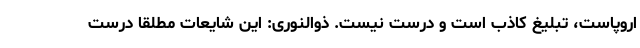
اروپاست، تبلیغ کاذب است و درست نیست. ذوالنوری: این شایعات مطلقا درست